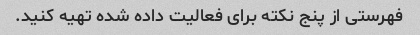
فهرستی از پنج نکته برای فعالیت داده شده تهیه کنید.